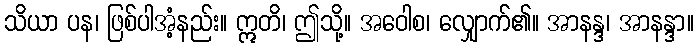
သိယာ ပန၊ ဖြစ်ပါအံ့နည်း။ ဣတိ၊ ဤသို့။ အဝေါစ၊ လျှောက်၏။ အာနန္ဒ၊ အာနန္ဒာ။